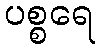
ပစ္စရေ